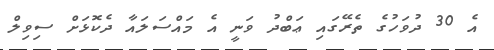
އެ 30 ދުވަހުގެ ތެރޭގައި ޢަބްދު ވަނީ އެ މައްސަލައާ ދެކޮޅަށް ސިވިލް